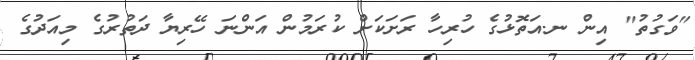
"ވަގުތު" އިން ނ.އަތޮޅުގެ ހުރިހާ ރަށަކަށް ކުރަމުން އަންނަ ހޭރިޔާ ދަތުރުގެ މިއަދުގެ